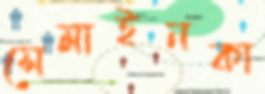
সেমাইনকা